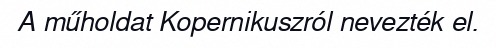
A műholdat Kopernikuszról nevezték el.